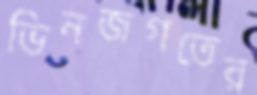
ভিনজগতের